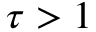
\tau > 1